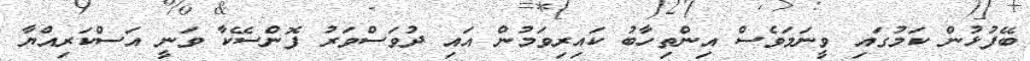
ބޭފުޅުން ކަމުގައި ވީނަމަވެސް އިންތިހާބު ކައިރިވަމުން އައި ދުވަސްވަރު ފޮންސޭކާ ވަނީ އަސްކަރިއްޔާ